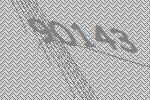
90143